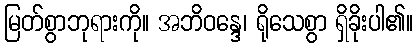
မြတ်စွာဘုရားကို။ အဘိဝန္ဒေ၊ ရိုသေစွာ ရှိခိုးပါ၏။